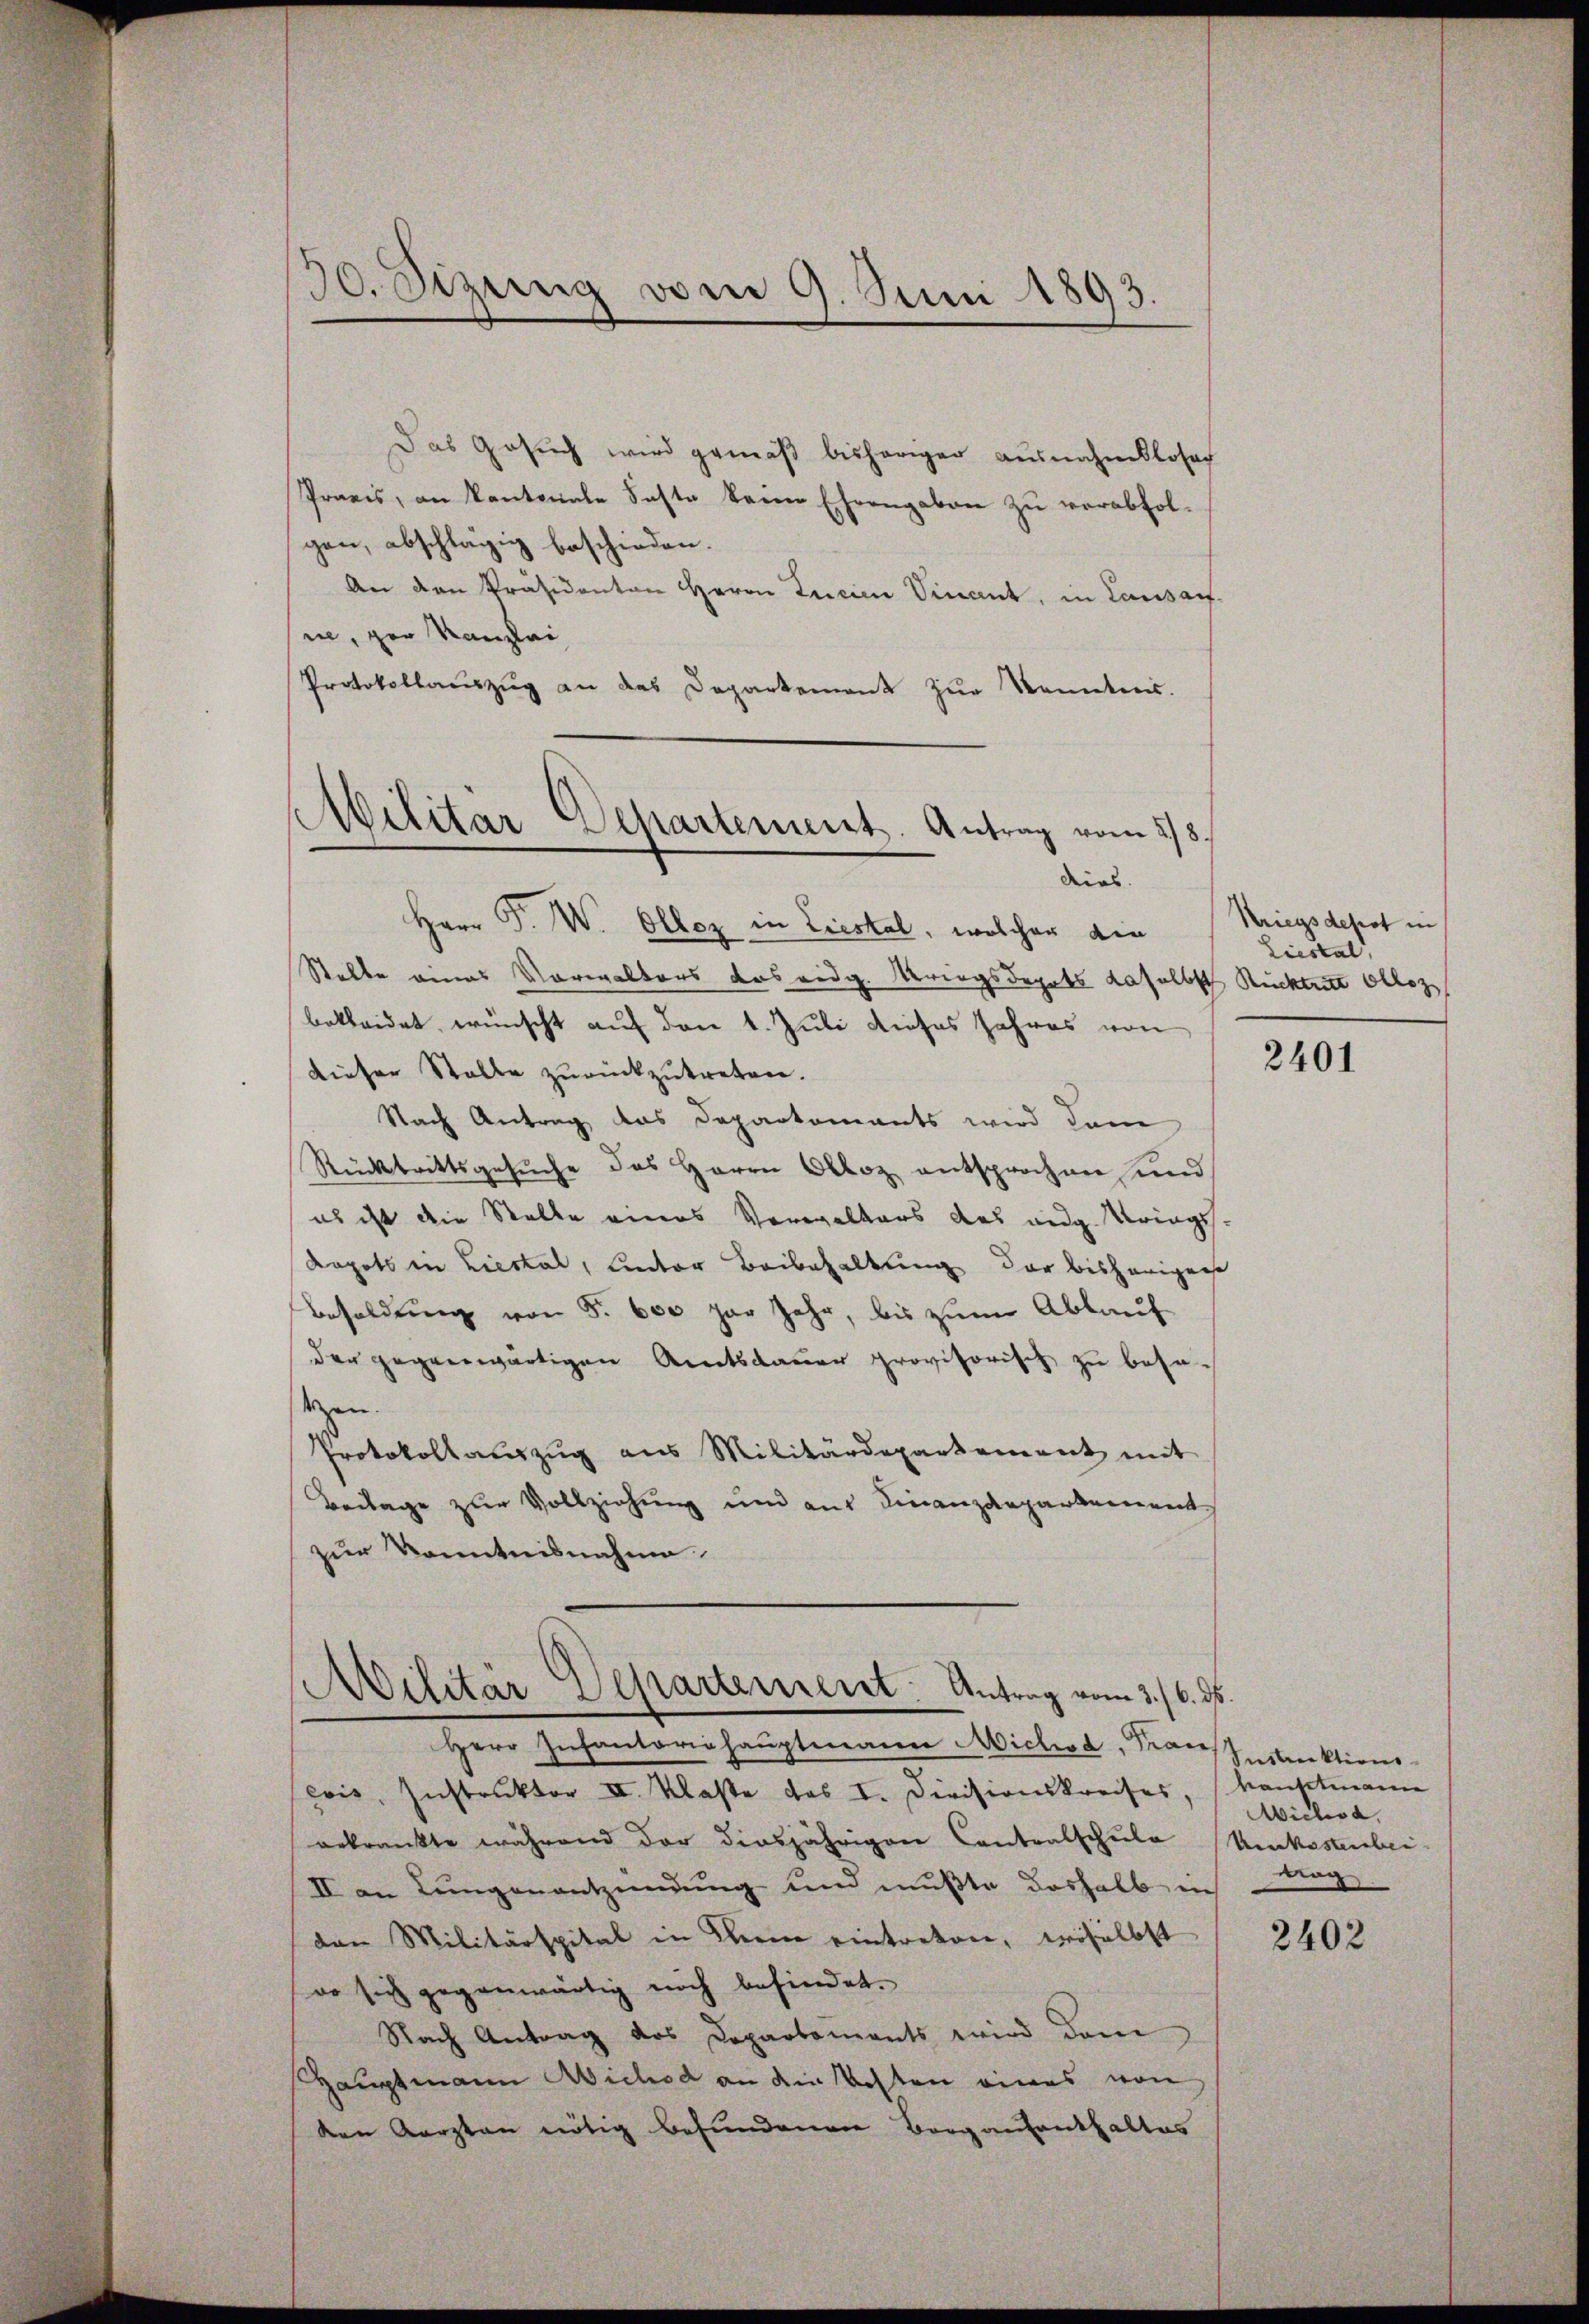
30. Setzung vom 9. Juni 1893.

Das Gesuch wird gemäß bisheriger ausnahmsloser
Praxis, an Kantonale Faste keine Ehrengaben zu verabfolgen, abschlägig beschieden.
An den Präsidenten Herrn Incien Vinant, in Lausauf-
ne, der Kanzlei
Protokollauszug an das Departement zur Kenntnis.
Militär Departement. Antrag vom 28.

dies

Herr P. W. Olloz in Liestal, welcher die
Stelle eines Vorwalters das eidg. Kriegsdopats daselbst Rücktritt Olloz
bekleidet, wünscht auf den 1. Juli dieses Jahres von
dieser Stalle zurückzutreten.
Nach Antrag das Departements wird dam
Rücktrittsgesŭche des Herrn Obloz entsprochen und
es ist die Stalle eines Verwalters des aug. Kriegs
Kapots in Liestal, unter Beibehaltung der bisherigenst
Besoldung von S. 600 zur Jahr, bis zum Abkauf
der gegenwärtigen Amtsdauer provisorisch zu besa-
sezen.
Protokollauszug aus Militärdepartement mit
Beilage zur Vollziehung und auf Finanzdepartement
zur Kenntnisnahme.

Militär Departement: Antrag vom 3./6. ds.

Herr Infantoriehaŭptmann Michod, Krons Instruktions
evis, Instruktor II. Klasse das I. Divisionskreises, Konstmann
arkrankte während der diesjährigen Contralschule
II an Lungenentzündung und mußte deshalb in dag
dan Militärspital in Kein eintreten, woselbst
o sich gegenwärtig noch befindet.
Nach Antrag des Departements wird dam
Hauptmann Wichod an die Kosten eines von
den Aerzten nötig befundenen Borgantenthaltes

Kriegsdepot in
Liestal

2401

Wichsa
kenkastenbei

2402